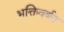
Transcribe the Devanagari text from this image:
भक्तिवर्णन